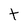
Character: t